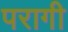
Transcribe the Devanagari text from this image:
परागी